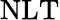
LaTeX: \textnormal{NLT}